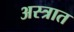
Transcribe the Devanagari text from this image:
अस्त्रात